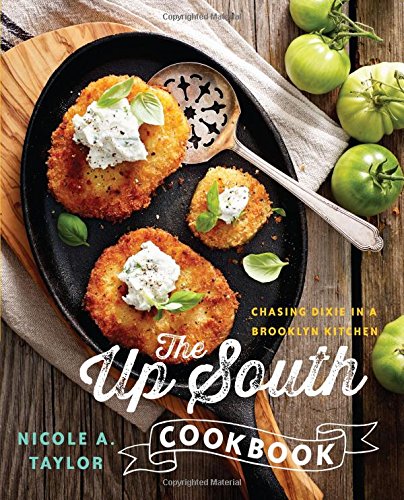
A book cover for The Up South Cookbook: Chasing Dixie in a Brooklyn Kitchen; Nicole A. Taylor; Cookbooks, Food & Wine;